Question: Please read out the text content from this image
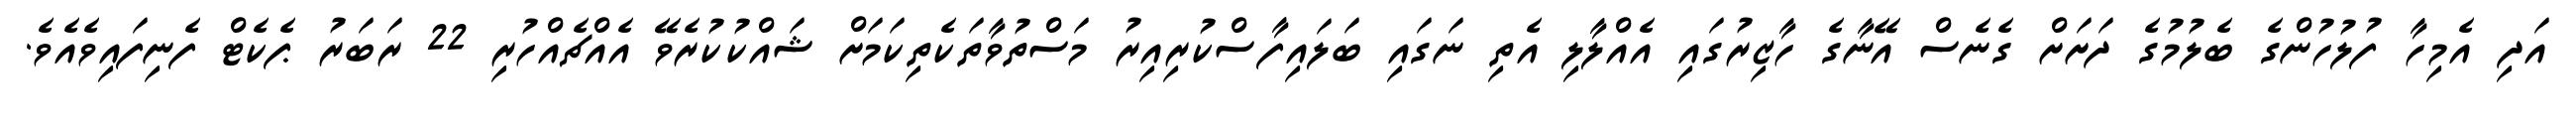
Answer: އަދި އެމިހާ ފުލުހުންގެ ބެލުމުގެ ދަށަށް ގެނެސް އޭނާގެ ހާޒިރުގައި އެއްލާލި އެތި ނަގައި ބަލައިފާސްކުރިއިރު މަސްތުވާތަކެތިކަމަށް ޝައްކުކުރެވޭ އެއްޗެއްހުރި 22 ރަބަރު ޕެކެޓް ފެނިފައިވެއެވެ.